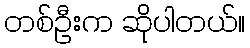
တစ်ဦးက ဆိုပါတယ်။